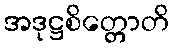
အဒုဋ္ဌစိတ္တောတိ